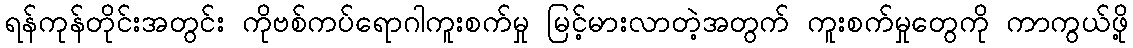
ရန်ကုန်တိုင်းအတွင်း ကိုဗစ်ကပ်ရောဂါကူးစက်မှု မြင့်မားလာတဲ့အတွက် ကူးစက်မှုတွေကို ကာကွယ်ဖို့